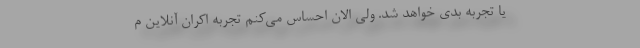
یا تجربه بدی خواهد شد. ولی الان احساس می‌کنم تجربه اکران آنلاین م